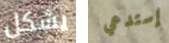
يشكل إستدعي